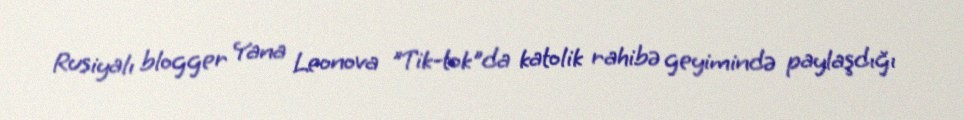
Rusiyalı blogger Yana Leonova "Tik-tok"da katolik rahibə geyimində paylaşdığı